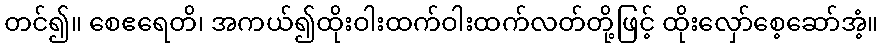
တင်၍။ စေဧရေတိ၊ အကယ်၍ထိုးဝါးထက်ဝါးထက်လတ်တို့ဖြင့် ထိုးလှော်စေ့ဆော်အံ့။